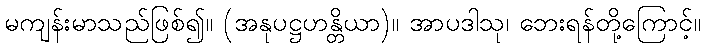
မကျန်းမာသည်ဖြစ်၍။ (အနုပဋ္ဌဟန္တိယာ)။ အာပဒါသု၊ ဘေးရန်တို့ကြောင့်။